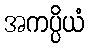
အကပ္ပိယံ